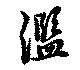
濫